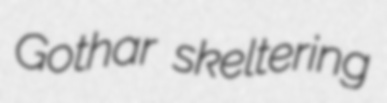
Gothar skeltering